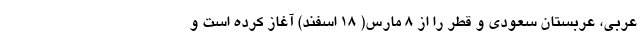
عربی، عربستان سعودی و قطر را از ۸ مارس( ۱۸ اسفند) آغاز کرده است و